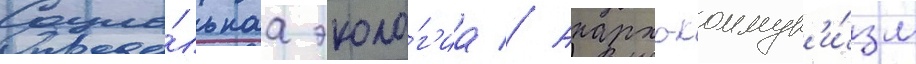
Социа́льнаа эколо́г'иа // Анархо-коммун'и́зм